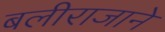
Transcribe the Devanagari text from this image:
बलीराजाने